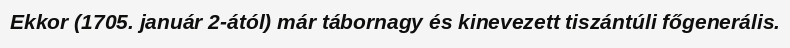
Ekkor (1705. január 2-ától) már tábornagy és kinevezett tiszántúli főgenerális.